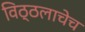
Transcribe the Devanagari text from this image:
विठ्ठलाचेच